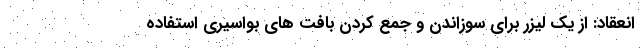
انعقاد: از يک ليزر برای سوزاندن و جمع کردن بافت های بواسيری استفاده